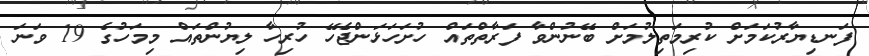
ފަނޑިޔާރުކަމަށް ކުރިމަތިލުމަށް ބޭނުންވާ ފަރާތްތައް ހުށަހަޅަންޖެހޭ ހުރިހާ ލިޔުންތައް މިމަހުގެ 19 ވަނަ